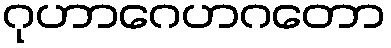
ဂုဟာဂေဟဂတော